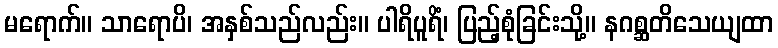
မရောက်။ သာရောပိ၊ အနှစ်သည်လည်း။ ပါရိပူရိံ၊ ပြည့်စုံခြင်းသို့။ နဂစ္ဆတိသေယျထာ